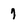
Character: 7